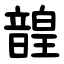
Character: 韹